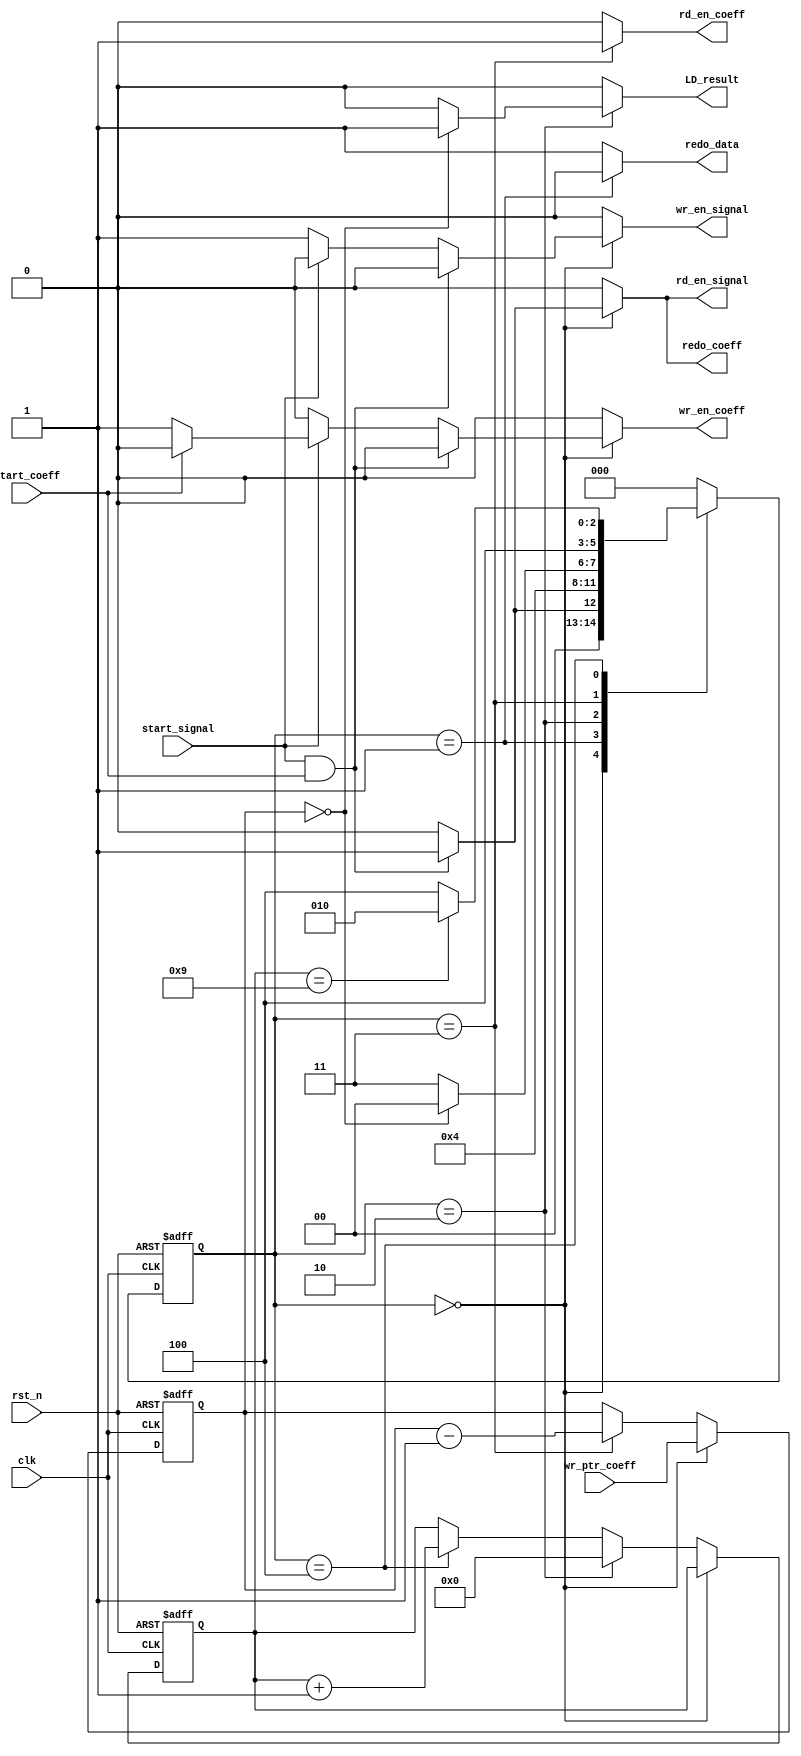
`timescale 1ns / 100ps

module controller #(
    parameter ADDR_LINES = 4
) (
    input wire clk,
    input wire rst_n,
    
    input wire [ADDR_LINES - 1:0] wr_ptr_coeff,
    input wire start_signal,
    input wire start_coeff,

    output reg wr_en_signal,
    output reg wr_en_coeff,
    output reg rd_en_signal,
    output reg rd_en_coeff,
    
    output reg LD_result,
    
    output reg redo_coeff, redo_data
);
    
    reg [2:0] state, next_state;
    reg [ADDR_LINES - 1:0] count;
    reg [3:0] count2;
    
    localparam S0 = 3'b000;
    localparam S1 = 3'b001;
    localparam S2 = 3'b010;
    localparam S3 = 3'b011;
    localparam S4 = 3'b100;
    
    always @(posedge clk or negedge rst_n) begin
        if (~rst_n) begin

            count <= 'b0;
            count2 <= 'b0;
            
            state <= S0;
        end else begin
            if (state == S3) count <= count - 1;
            if (state == S0) count <= wr_ptr_coeff;
            else if (state == S2) count2 <= 'b0;
            else if (state == S4) count2 <= count2 + 1;

            state <= next_state;
        end
    end
    
    always @(*) begin
        
        wr_en_signal = 1'b0;
        wr_en_coeff = 1'b0;
        rd_en_signal = 1'b0;
        rd_en_coeff = 1'b0;
        
        LD_result = 1'b0;
        
        redo_coeff = 1'b0;
        redo_data = 1'b1;
        
        next_state = 'b0;
                
        case(state) 
            S0: begin // Load Buffers
            
                if(start_signal & start_coeff) begin
                    rd_en_signal = 1'b1;
                    redo_coeff = 1'b1;
                    
                    next_state = S1;
                end else begin
                    if(!start_signal) wr_en_signal = 1'b1;
                    else if(!start_coeff) wr_en_coeff = 1'b1;
                        
                    next_state = S0;
                end 
            end
            
            S1: begin
                redo_data = 1'b0;
                next_state = S2;
            end
            
            S2: begin
                
                if(count == 0) begin
                    LD_result = 1'b1;
                    next_state = S0;
                end else next_state = S3;
            end
            
            S3: begin
                rd_en_coeff = 1'b1;
                next_state = S4;
            end
            
            S4: begin
                if (count2 == 'd9) next_state = S2;
                else next_state = S4;
            end
            default : next_state = S0;
         endcase
     end
endmodule